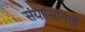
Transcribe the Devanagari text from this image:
संयासिनियों